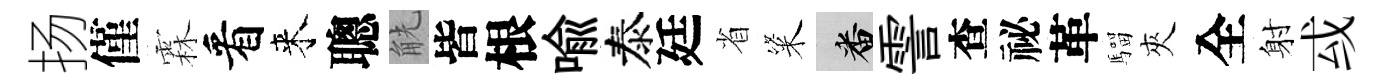
扬僅霖看来聰觥皆根喩泰廷省粢番霅查祕革騮夾全射㦯